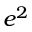
e ^ { 2 }